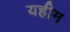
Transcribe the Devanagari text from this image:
यहीम